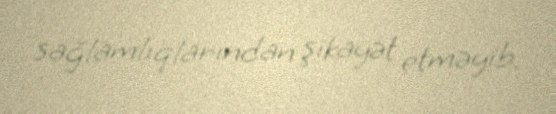
sağlamlıqlarından şikayət etməyib.